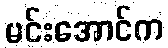
မင်းအောင်က